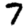
Digit: 7